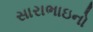
સારાભાઇનો